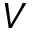
V